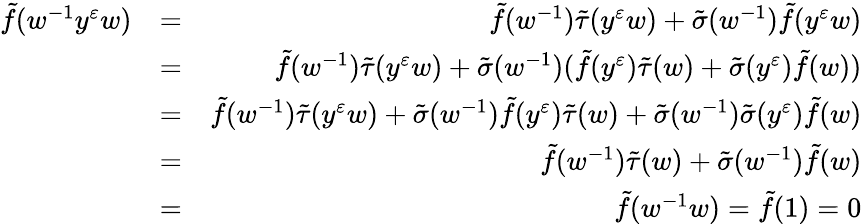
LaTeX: \begin{array}{rlr}{\tilde{f}(w^{-1}y^{\varepsilon}w)}&{=}&{\tilde{f}(w^{-1})\tilde{\tau}(y^{\varepsilon}w)+\tilde{\sigma}(w^{-1})\tilde{f}(y^{\varepsilon}w)}\\ &{=}&{\tilde{f}(w^{-1})\tilde{\tau}(y^{\varepsilon}w)+\tilde{\sigma}(w^{-1})(\tilde{f}(y^{\varepsilon})\tilde{\tau}(w)+\tilde{\sigma}(y^{\varepsilon})\tilde{f}(w))}\\ &{=}&{\tilde{f}(w^{-1})\tilde{\tau}(y^{\varepsilon}w)+\tilde{\sigma}(w^{-1})\tilde{f}(y^{\varepsilon})\tilde{\tau}(w)+\tilde{\sigma}(w^{-1})\tilde{\sigma}(y^{\varepsilon})\tilde{f}(w)}\\ &{=}&{\tilde{f}(w^{-1})\tilde{\tau}(w)+\tilde{\sigma}(w^{-1})\tilde{f}(w)}\\ &{=}&{\tilde{f}(w^{-1}w)=\tilde{f}(1)=0}\end{array}